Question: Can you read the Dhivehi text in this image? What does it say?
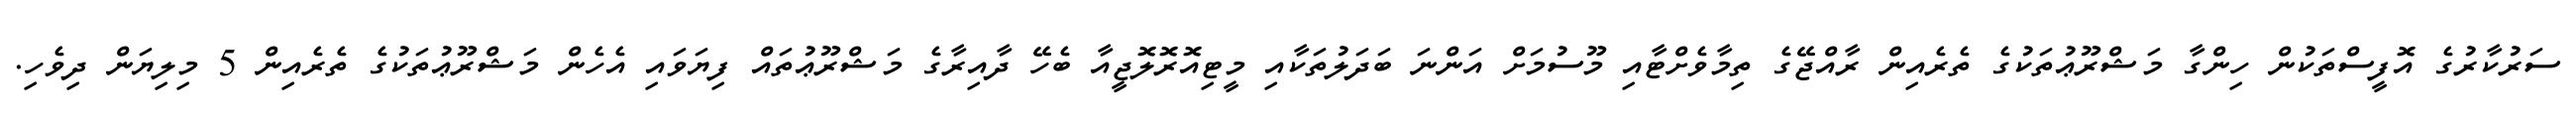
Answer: ސަރުކާރުގެ އޮފީސްތަކުން ހިންގާ މަޝްރޫޢުތަކުގެ ތެރެއިން ރާއްޖޭގެ ތިމާވެށްޓާއި މޫސުމަށް އަންނަ ބަދަލުތަކާއި މީޓިއޮރޮލޮޖީއާ ބެހޭ ދާއިރާގެ މަޝްރޫޢުތައް ފިޔަވައި އެހެން މަޝްރޫޢުތަކުގެ ތެރެއިން 5 މިލިޔަން ދިވެހި.